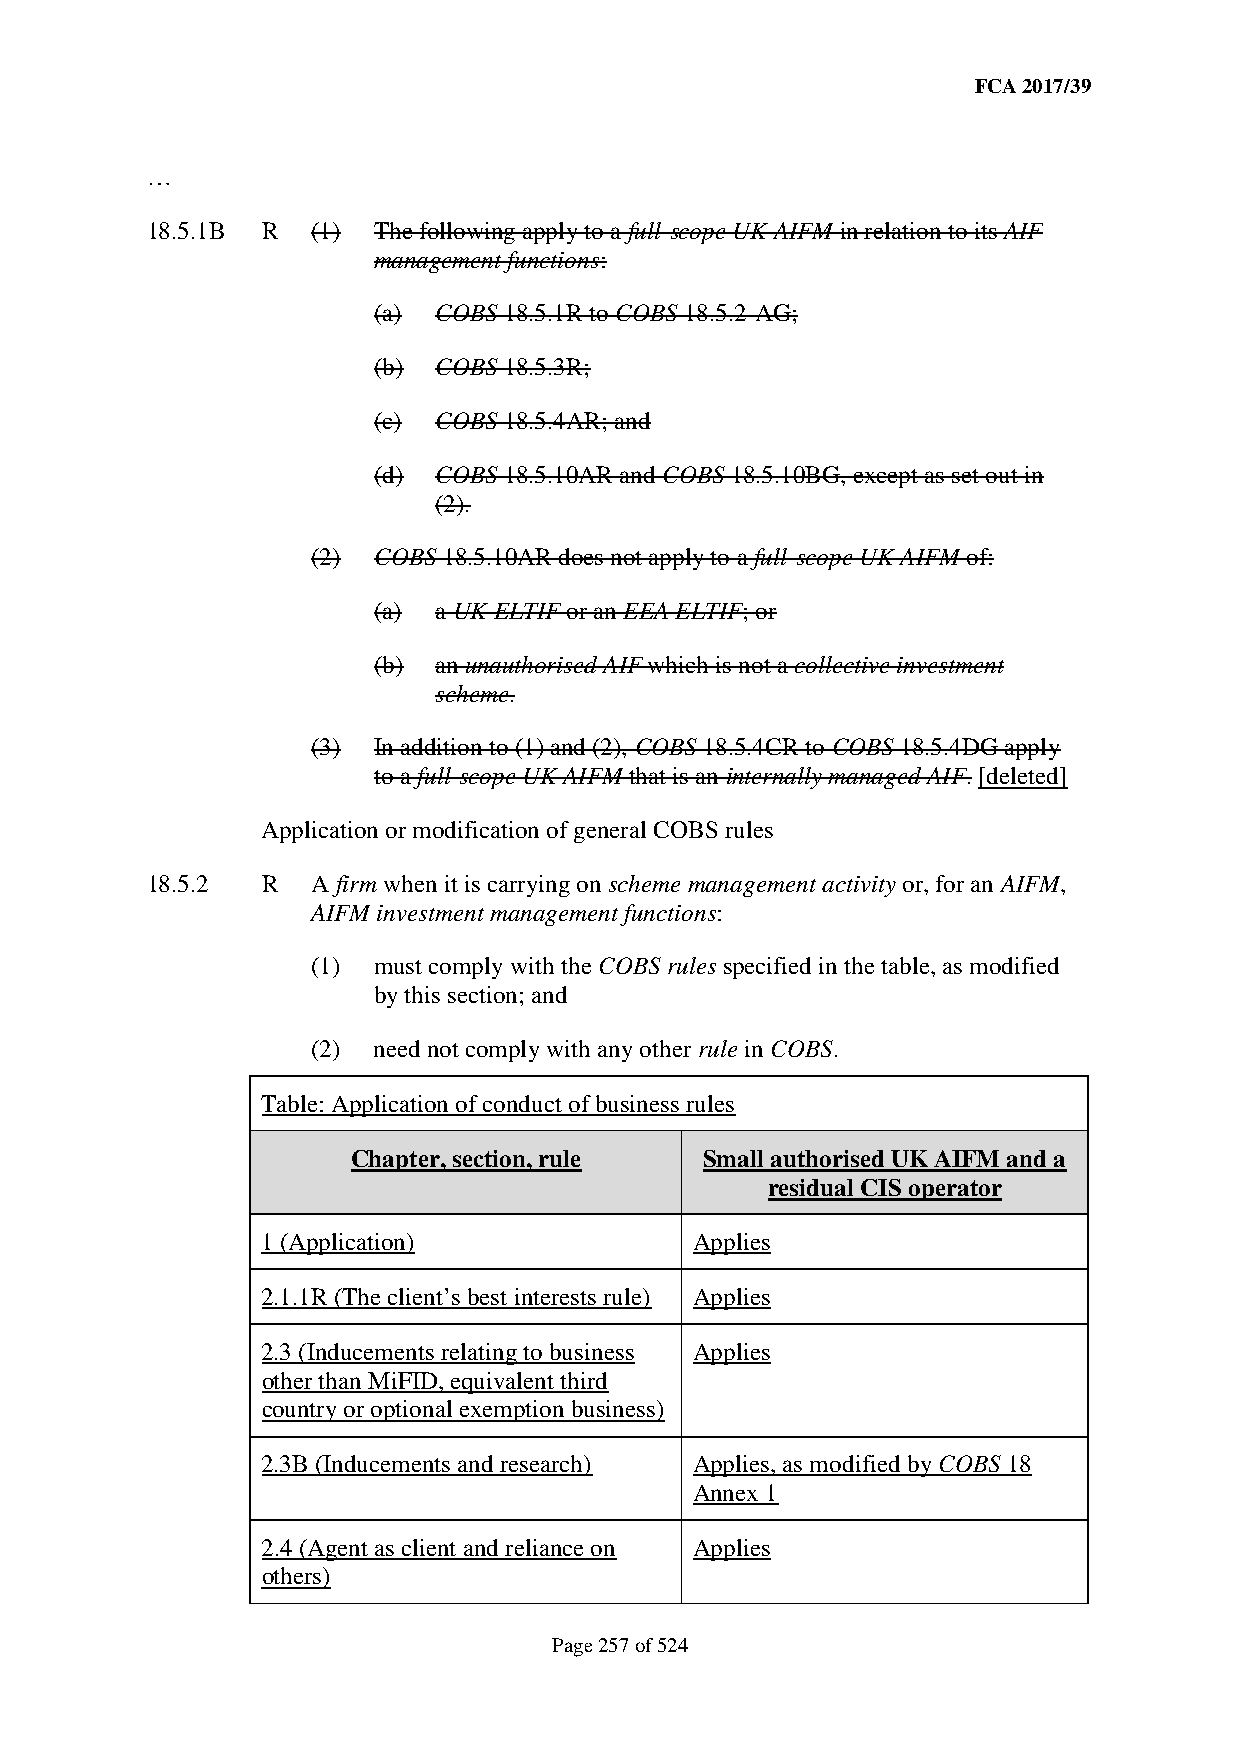
FCA 2017/39
 …
 18.5.1B R  (1) The following apply to a full-scope UK AIFM in relation to its AIF
 management functions:
 (a) COBS 18.5.1R to COBS 18.5.2-AG;
 (b) COBS 18.5.3R;
 (c) COBS 18.5.4AR; and
 (d) COBS 18.5.10AR and COBS 18.5.10BG, except as set out in
 (2).
 (2) COBS 18.5.10AR does not apply to a full-scope UK AIFM of:
 (a) a UK ELTIF or an EEA ELTIF; or
 (b) an unauthorised AIF which is not a collective investment
 scheme.
 (3) In addition to (1) and (2), COBS 18.5.4CR to COBS 18.5.4DG apply
 to a full-scope UK AIFM that is an internally managed AIF. [deleted]
 Application or modification of general COBS rules
 18.5.2 R   A firm when it is carrying on scheme management activity or, for an AIFM,
 AIFM investment management functions:
 (1) must comply with the COBS rules specified in the table, as modified
 by this section; and
 (2) need not comply with any other rule in COBS.
 Table: Application of conduct of business rules
 Chapter, section, rule  Small authorised UK AIFM and a
 residual CIS operator
 1 (Application)              Applies
 2.1.1R (The client’s best interests rule) Applies
 2.3 (Inducements relating to business Applies
 other than MiFID, equivalent third
 country or optional exemption business)
 2.3B (Inducements and research) Applies, as modified by COBS 18
 Annex 1
 2.4 (Agent as client and reliance on Applies
 others)
 Page 257 of 524